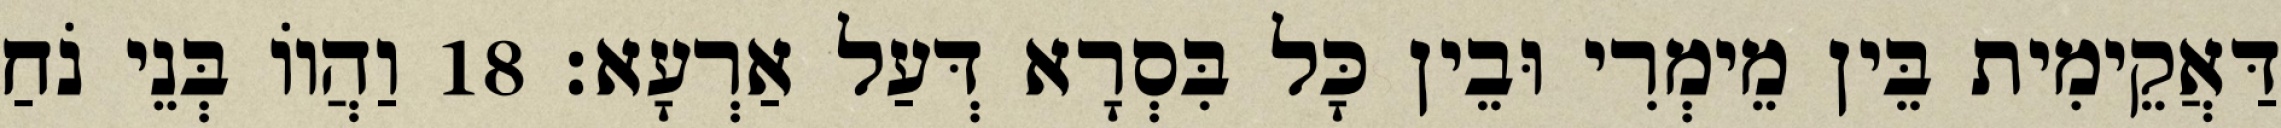
דַּאֲקֵימִית בֵּין מֵימְרִי וּבֵין כָּל בִּסְרָא דְּעַל אַרְעָא׃ 18 וַהֲווֹ בְּנֵי נֹחַ